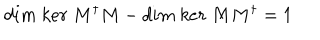
d i m \ k e r \ M ^ { \dagger } M - d i m \ k e r \ M M ^ { \dagger } = 1